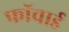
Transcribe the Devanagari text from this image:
फॉचार्ड